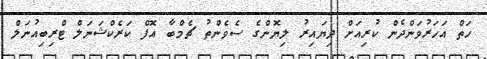
ހަތް އަހަރުވަންދެން ކުރިއަށް ދިޔައިރު ލިޔޮންގެ ސެވެންތު ޗެމްބާ އޮފް ކަރެކްޝަނަލް ޓްރިބިއުނަލް